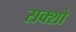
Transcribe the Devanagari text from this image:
सक्शो